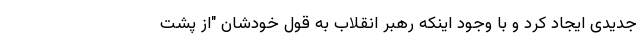
جدیدی ایجاد کرد و با وجود اینکه رهبر انقلاب به قول خودشان "از پشت